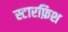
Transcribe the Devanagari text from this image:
स्टारफ़िश